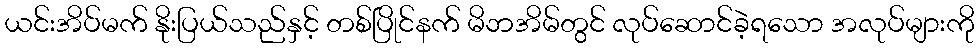
ယင်းအိပ်မက် နိုးပြယ်သည်နှင့် တစ်ပြိုင်နက် မိဘအိမ်တွင် လုပ်ဆောင်ခဲ့ရသော အလုပ်များကို